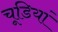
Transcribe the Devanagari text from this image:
चूडियां